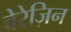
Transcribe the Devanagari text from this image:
बेरेज़िन